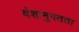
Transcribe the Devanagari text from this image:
वंशानुगतता